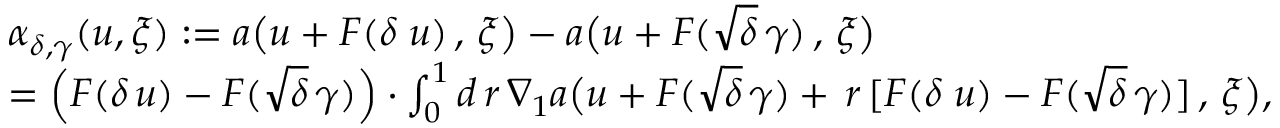
\begin{array} { r l } & { \alpha _ { \delta , \gamma } ( u , \xi ) : = a \big ( u + F ( \delta \; u ) \, , \, \xi \big ) - a \big ( u + F ( \sqrt { \delta } \, \gamma ) \, , \, \xi \big ) } \\ & { = \Big ( F ( \delta \, u ) - F ( \sqrt { \delta } \, \gamma ) \Big ) \cdot \int _ { 0 } ^ { 1 } d \, r \, \nabla _ { 1 } a \big ( u + F ( \sqrt { \delta } \, \gamma ) + \, r \, [ F ( \delta \; u ) - F ( \sqrt { \delta } \, \gamma ) ] \, , \, \xi \big ) , } \end{array}